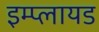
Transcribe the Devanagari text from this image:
इम्प्लायड